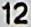
12